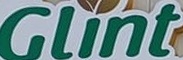
Clint